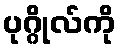
ပုဂ္ဂိုလ်ကို